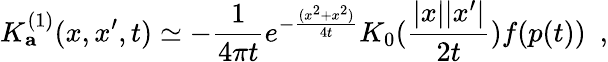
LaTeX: K_{\mathbf a}^{(1)}(x,x^{\prime},t)\simeq-{\frac{1}{4\pi t}}e^{-{\frac{(x^{2}+x^{2})}{4t}}}K_{0}({\frac{|x||x^{\prime}|}{2t}})f(p(t))~~,